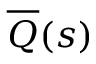
\overline { { Q } } ( s )